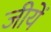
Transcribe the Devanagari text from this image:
जीयें